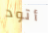
أتود